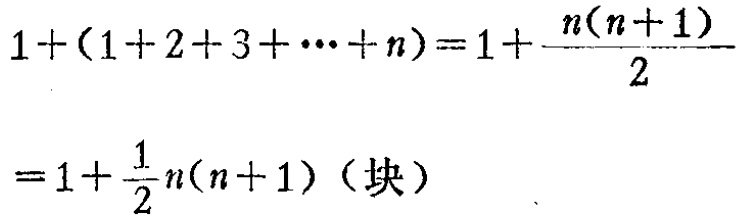
\[

\begin{align*}

1+(1 + 2 + 3+\cdots + n)&=1+\frac{n(n + 1)}{2}\\

&=1+\frac{1}{2}n(n + 1) (\text{块})

\end{align*}

\]